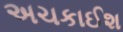
અચકાઈશ